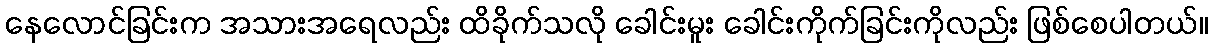
နေလောင်ခြင်းက အသားအရေလည်း ထိခိုက်သလို ခေါင်းမူး ခေါင်းကိုက်ခြင်းကိုလည်း ဖြစ်စေပါတယ်။